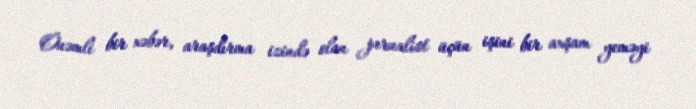
Önəmli bir xəbər, araşdırma izində olan jurnalist üçün işini bir axşam yeməyi